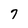
Character: 7